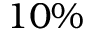
1 0 \%